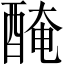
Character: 醃